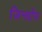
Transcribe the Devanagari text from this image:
जिन्घोंग